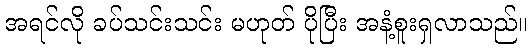
အရင်လို ခပ်သင်းသင်း မဟုတ် ပိုပြီး အနံ့စူးရှလာသည်။